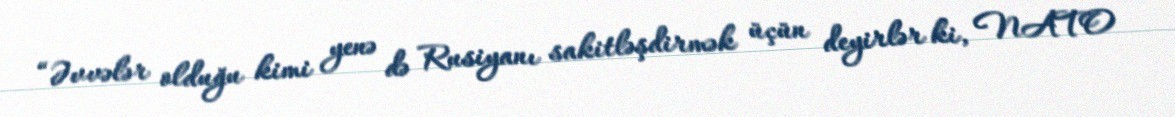
“Əvvələr olduğu kimi yenə də Rusiyanı sakitləşdirmək üçün deyirlər ki, NATO